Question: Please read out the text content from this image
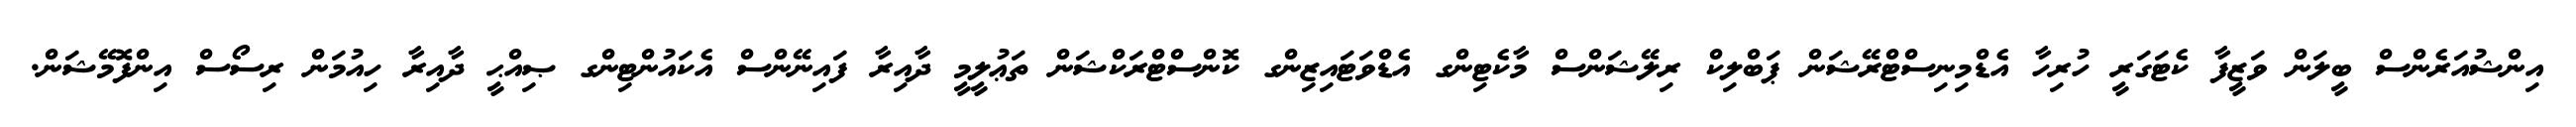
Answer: އިންޝުއަރެންސް ބީލަން ވަޒީފާ ކެޓަގަރީ ހުރިހާ އެޑްމިނިސްޓްރޭޝަން ޕަބްލިކް ރިލޭޝަންސް މާކެޓިންގ އެޑްވަޓައިޒިންގ ކޮންސްޓްރަކްޝަން ތަޢުލީމީ ދާއިރާ ފައިނޭންސް އެކައުންޓިންގ ޞިއްޙީ ދާއިރާ ހިއުމަން ރިސޯސް އިންފޮމޭޝަން.